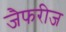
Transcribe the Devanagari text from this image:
जैफरीज